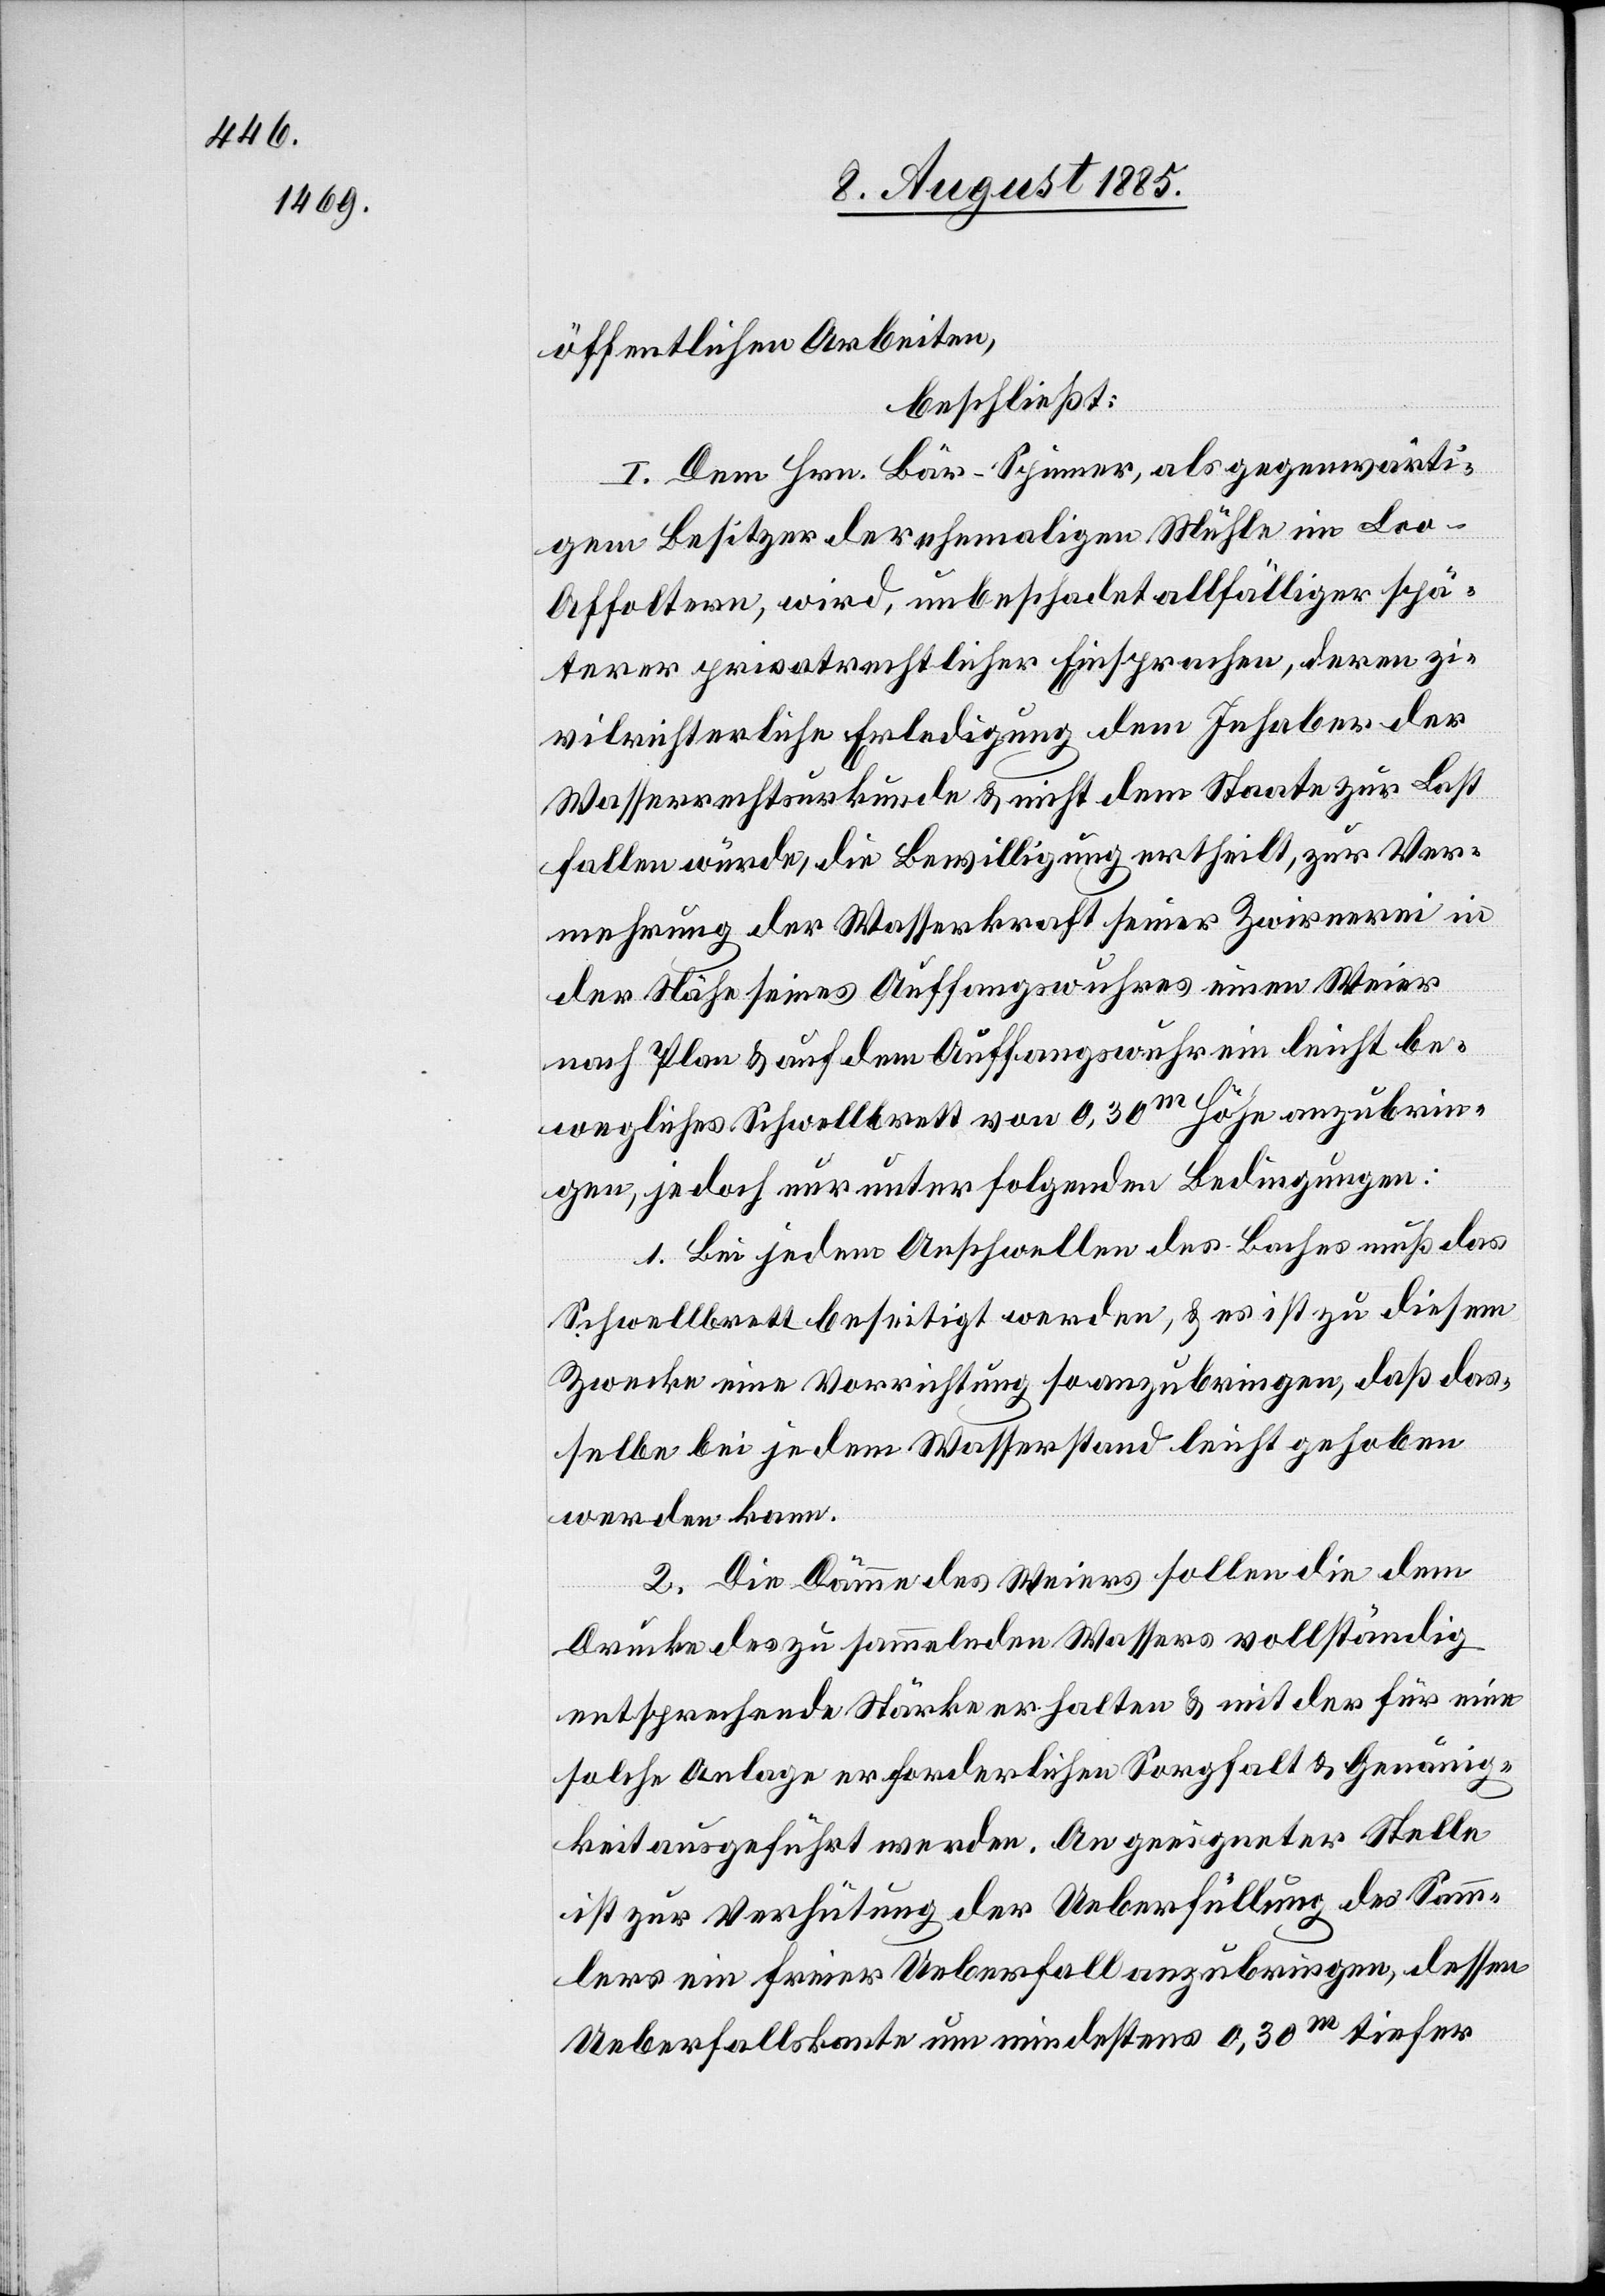
öffentlichen Arbeiten,
beschließt:
I. Dem Hrn. Bär - Spinner, als gegenwärti¬
gen Besitzer der ehemaligen Mühle im Loo
Affoltern, wird, unbeschadet allfälliger spä¬
terer privatrechtlicher Einsprachen, deren zi¬
vilrichterliche Erledigung dem Inhaber der
Wasserrechtsurkunde & nicht dem Staate zur Last
fallen würde, die Bewilligung ertheilt, zur Ver¬
mehrung der Wasserkraft seiner Zwirnerei in
der Nähe seines Auffangswuhres einen Weier
nach Plan & auf dem Auffangswuhr ein leicht be¬
wegliches Schwellbrett von 0,30m Höhe anzubrin¬
gen, jedoch nur unter folgenden Bedingungen:
1. Bei jedem Anschwellen des Baches muß das
Schwellbrett beseitigt werden, & es ist zu diesem
Zwecke eine Vorrichtung so anzubringen, daß das¬
selbe bei jedem Wasserstand leicht gehoben
werden kann.
2. Die Dämme des Weiers sollen die dem
Drucke des zu sammelnden Wassers vollständig
entsprechende Stärke erhalten & mit der für eine
solche Anlage erforderliche Sorgfalt & Genauig¬
keit ausgeführt werden. An geeigneter Stelle
ist zur Verhütung der Ueberfüllung des Samm¬
lers ein freier Ueberfall anzubringen, dessen
Ueberfallskante um mindestens 0,30m tiefer